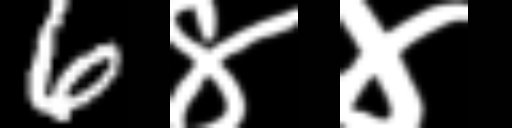
Text: 6४४